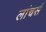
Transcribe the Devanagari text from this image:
लांचर्स